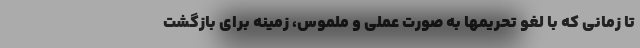
تا زمانی که با لغو تحریمها به صورت عملی و ملموس، زمینه برای بازگشت